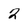
Character: 2